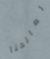
لصالحنا